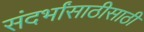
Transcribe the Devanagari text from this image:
संदर्भांसाठीसाठी